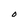
Character: O